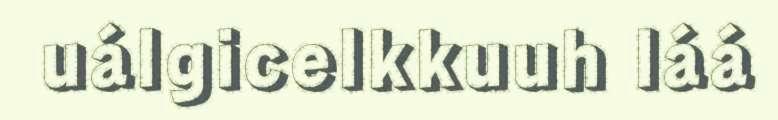
uálgicelkkuuh láá